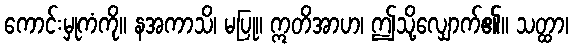
ကောင်းမှုကံကို။ နအကာသိ၊ မပြု။ ဣတိအာဟ၊ ဤသို့လျှောက်၏။ သတ္ထာ၊